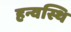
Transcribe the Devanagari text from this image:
हन्वस्थि